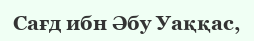
Сағд ибн Әбу Уаққас,